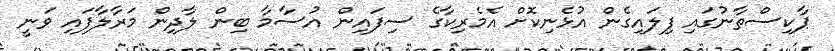
ޕާކިސްތާނުގައި ފިލައިގެން އުޅެނިކޮށް އެމެރިކާގެ ސިފައިން އުސާމާ ބިން ލާދިން މަރާލާފައި ވަނީ